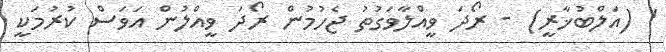
' (އަލްބުޚާރީ) - ރޯދަ ވީއްލާވަގުތު ޖެހުމުން ރޯދަ ވީއްލުން އަވަސް ކުރުމަކީ